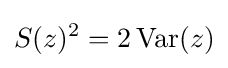
S(z)^{2}=2\operatorname {Var} (z)